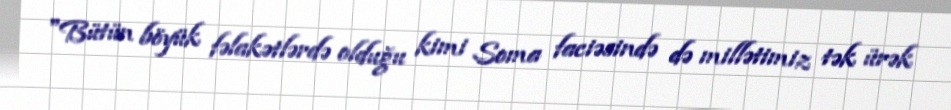
"Bütün böyük fəlakətlərdə olduğu kimi Soma faciəsində də millətimiz tək ürək